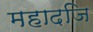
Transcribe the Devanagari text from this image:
महादजि